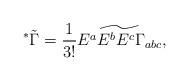
LaTeX: \begin{align*}^*\tilde\Gamma={{1}\over{3!}}\widetilde{E^aE^bE^c\Gamma_{abc}},\end{align*}